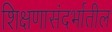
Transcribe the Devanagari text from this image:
शिक्षणासंदर्भातील